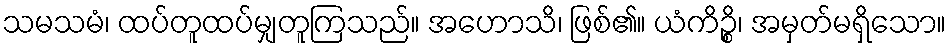
သမသမံ၊ ထပ်တူထပ်မျှတူကြသည်။ အဟောသိ၊ ဖြစ်၏။ ယံကိဉ္စိ၊ အမှတ်မရှိသော။